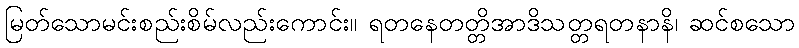
မြတ်သောမင်းစည်းစိမ်လည်းကောင်း။ ရတနေတတ္တိအာဒိသတ္တရတနာနိ၊ ဆင်စသော